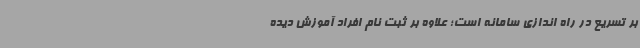
بر تسریع در راه اندازی سامانه است؛ علاوه بر ثبت نام افراد آموزش دیده